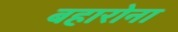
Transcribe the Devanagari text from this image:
बहारोना